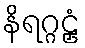
နိရဂ္ဂဠှံ